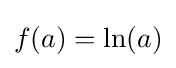
f(a)=\ln(a)